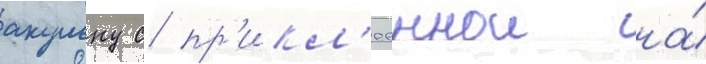
акульку с пр'икл'ееннои на́